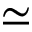
\simeq